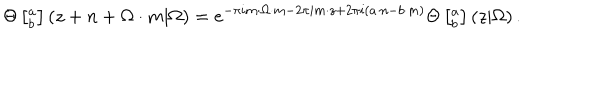
\Theta \left[ ^ a _ { b } \right] \left( z + n + \Omega \cdot m | \Omega \right) = e ^ { - \pi i m \cdot \Omega \cdot m - 2 \pi i m \cdot z + 2 \pi i ( a \cdot n - b \cdot m ) } \Theta \left[ ^ a _ { b } \right] \left( z | \Omega \right) .